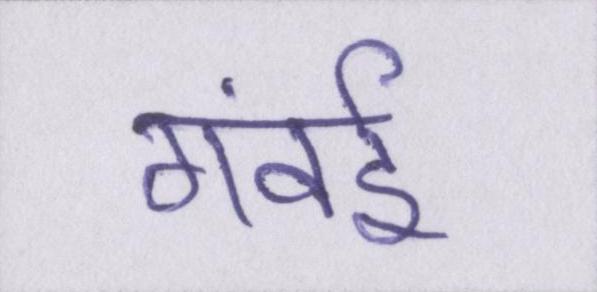
गंवई